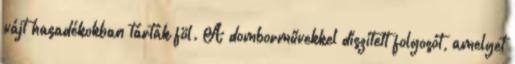
vájt hasadékokban tárták föl. A domborművekkel díszített folyosót, amelyet